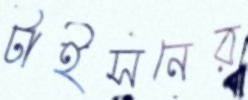
টাইসনের